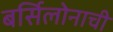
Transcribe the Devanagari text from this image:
बर्सिलोनाची